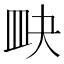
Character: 𥁍